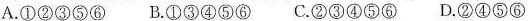
A.①②③⑤⑥B.①③④⑤⑥C.②③④⑤⑥D.②④⑤⑥